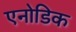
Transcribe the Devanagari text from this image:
एनोडिक